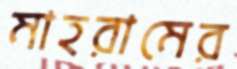
মাহরামের